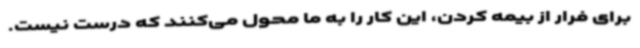
برای فرار از بیمه کردن، این کار را به ما محول می‌کنند که درست نیست.